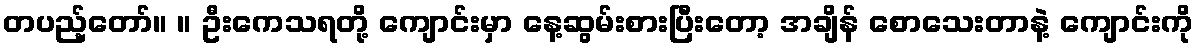
တပည့်တော်။ ။ ဦးကေသရတို့ ကျောင်းမှာ နေ့ဆွမ်းစားပြီးတော့ အချိန် စောသေးတာနဲ့ ကျောင်းကို